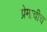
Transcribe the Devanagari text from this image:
प्रेमाचीच